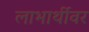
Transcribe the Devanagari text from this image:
लाभार्थीवर